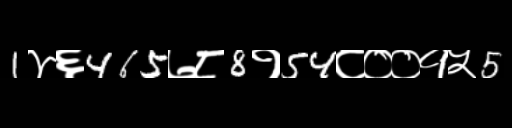
Text: 1४६465७८8१54८००१५5